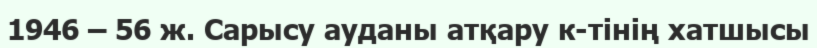
1946 – 56 ж. Сарысу ауданы атқару к-тінің хатшысы